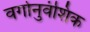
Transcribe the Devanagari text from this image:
वर्गानुवंशिक